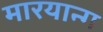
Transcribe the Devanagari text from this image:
मारयान्ग